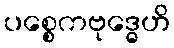
ပစ္စေကဗုဒ္ဓေဟိ